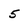
Character: 5